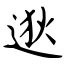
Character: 逖